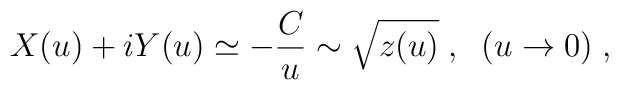
X(u) + i Y(u) \simeq - \frac{C}{u} \sim \sqrt{z(u)} \; ,\;\; (u\rightarrow 0) \; ,